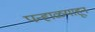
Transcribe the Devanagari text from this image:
पन्हाळयाहून